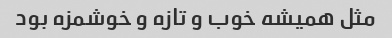
مثل همیشه خوب و تازه و خوشمزه بود